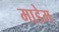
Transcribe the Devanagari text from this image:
माडेम